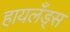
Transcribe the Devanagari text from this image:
हायलँड्स